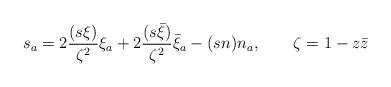
LaTeX: \begin{align*}s_{a}=2\frac{(s\xi)}{\zeta^{2}}\xi_{a}+2\frac{(s\bar{\xi})}{\zeta^{2}}\bar{\xi}_{a}-(sn)n_{a},\qquad \zeta=1-z\bar{z}\end{align*}